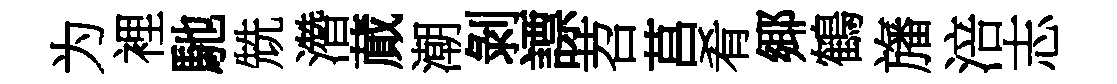
为裡馳兟濳蕆潮剝謤苕莒肴鄊鶴旛涪志